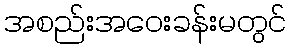
အစည်းအဝေးခန်းမတွင်